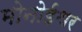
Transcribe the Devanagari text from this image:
मोनोईथर